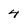
Character: 4